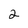
Character: 2